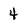
Character: 4